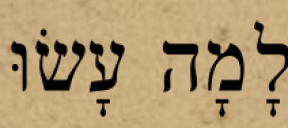
לָמָה עָשׂוּ